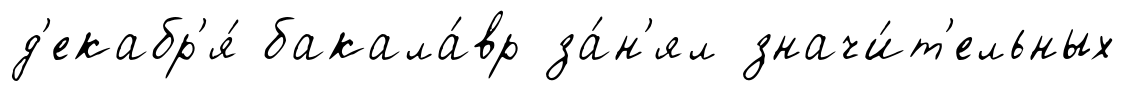
д'екабр'я́ бакала́вр за́н'ял значи́т'ельных